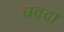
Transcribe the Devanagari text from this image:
चवदा